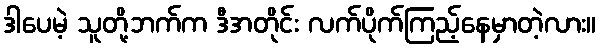
ဒါပေမဲ့ သူတို့ဘက်က ဒီအတိုင်း လက်ပိုက်ကြည့်နေမှာတဲ့လား။